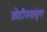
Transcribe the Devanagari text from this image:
प्रोटीनसांद्रण